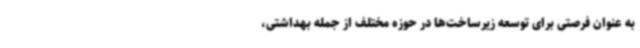
به عنوان فرصتی برای توسعه زیرساخت‌ها در حوزه مختلف از جمله بهداشتی،